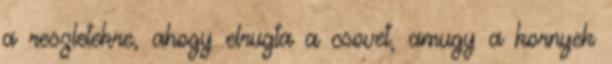
a reszletekre, ahogy elrugta a csovet, amugy a kornyek